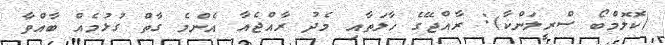
(ކޮލޮމްބޯ ސްރީލަންކާ): ރާއްޖޭގެ ހާލަތާއި މެދު ރާއްޖެއާ އެންމެ ގާތް ގުޅުމެއް ބާއްވާ